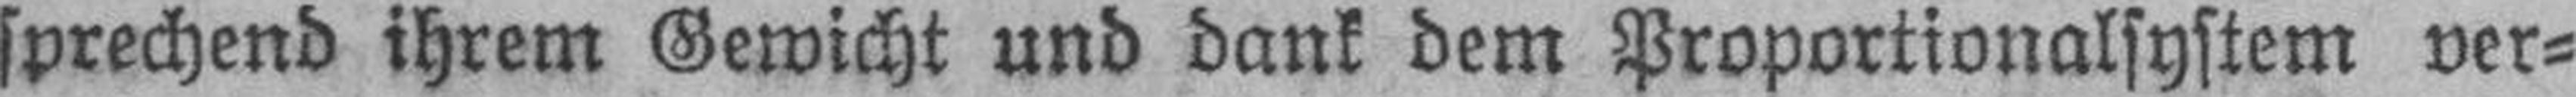
sprechend ihrem Gewicht und dank dem Proportionalsystem ver¬